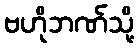
ဗဟိုဘဏ်သို့